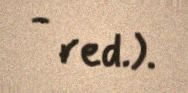
- red.).